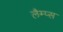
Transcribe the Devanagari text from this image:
लैम्प्स